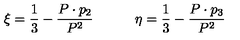
\xi = { \frac { 1 } { 3 } } - { \frac { P \cdot p _ { 2 } } { P ^ { 2 } } } \qquad \quad \eta = { \frac { 1 } { 3 } } - { \frac { P \cdot p _ { 3 } } { P ^ { 2 } } }